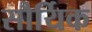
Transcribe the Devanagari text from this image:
सौर्यिक